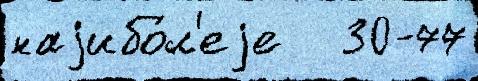
наjибо́л'еjе   30-77